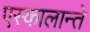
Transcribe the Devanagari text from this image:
एस्कालान्ते